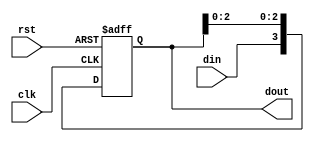
module right_sr(clk,rst,din,dout);
  input clk,rst,din;
  output reg [3:0] dout;
  always @ (posedge clk or posedge rst)
    begin 
      if (rst)
        begin
          dout <=4'b0000;
        end
      else 
        dout={din,dout[2:0]};
    end
endmodule